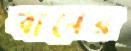
বানের